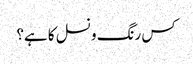
کس رنگ و نسل کا ہے؟